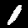
Label: 1